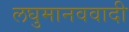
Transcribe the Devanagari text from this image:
लघुमानववादी